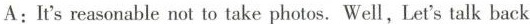
A: It's reasonable not to take photos. Well, Let's talk back